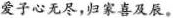
爱子心无尽，归家喜及辰。